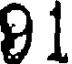
91